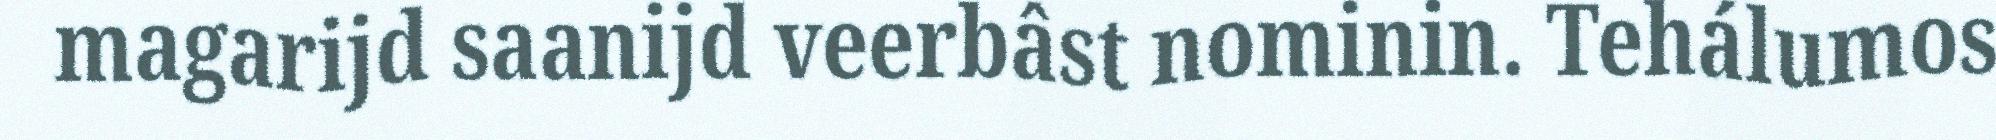
magarijd saanijd veerbâst nominin. Tehálumos